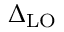
\Delta _ { \mathrm { L O } }